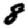
Digit: 8